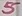
Text: 5